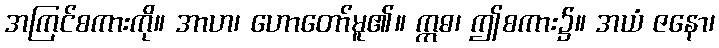
အကြင်စကားကို။ အာဟ၊ ဟောတော်မူ၏။ ဣဓ၊ ဤစကား၌။ အယံ ဇနော၊